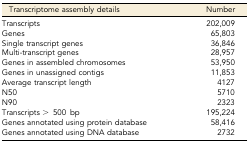
<table><thead><tr><td><b>Transcriptome assembly details</b></td><td><b>Number</b></td></tr></thead><tbody><tr><td>Transcripts</td><td>202,009</td></tr><tr><td>Genes</td><td>65,803</td></tr><tr><td>Single transcript genes</td><td>36,846</td></tr><tr><td>Multi-transcript genes</td><td>28,957</td></tr><tr><td>Genes in assembled chromosomes</td><td>53,950</td></tr><tr><td>Genes in unassigned contigs</td><td>11,853</td></tr><tr><td>Average transcript length</td><td>4127</td></tr><tr><td>N50</td><td>5710</td></tr><tr><td>N90</td><td>2323</td></tr><tr><td>Transcripts &gt; 500 bp</td><td>195,224</td></tr><tr><td>Genes annotated using protein database</td><td>58,416</td></tr><tr><td>Genes annotated using DNA database</td><td>2732</td></tr></tbody></table>